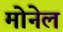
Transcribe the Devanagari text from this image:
मोनेल